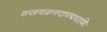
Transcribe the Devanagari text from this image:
शंखचक्रगदापद्मपाणिः